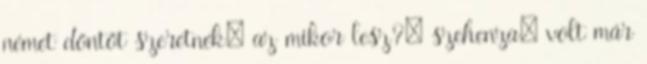
német döntőt szeretnék: az mikor lesz?: szehenza: volt már